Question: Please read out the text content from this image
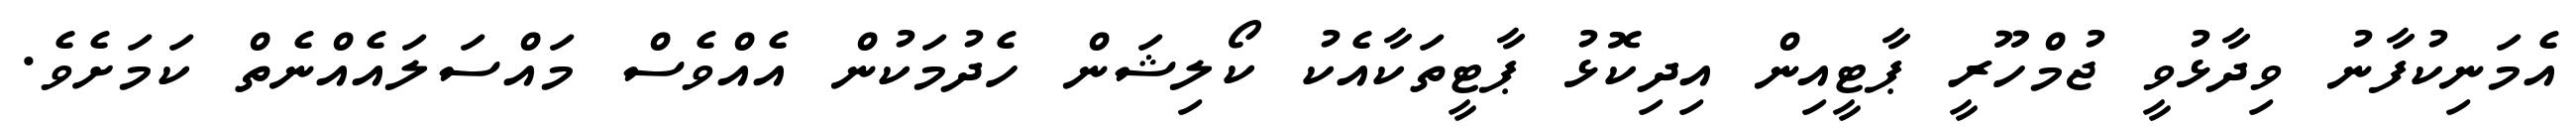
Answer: އެމަނިކުފާނު ވިދާޅުވީ ޖުމްހޫރީ ޕާޓީއިން އިދިކޮޅު ޕާޓީތަކާއެކު ކޯލިޝަން ހެދުމަކުން އެއްވެސް މައްސަލައެއްނެތް ކަމަށެވެ.